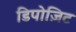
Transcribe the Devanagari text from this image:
डिपोज़िट